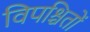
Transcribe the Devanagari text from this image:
विपश्चितों